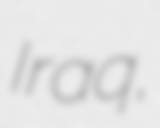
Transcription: Iraq,